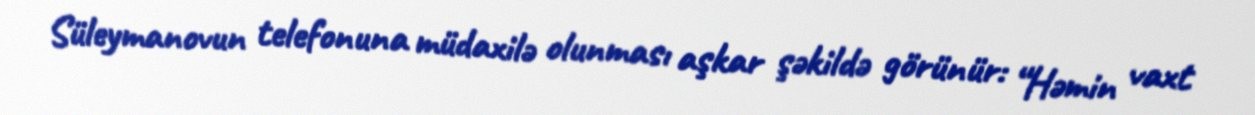
Süleymanovun telefonuna müdaxilə olunması aşkar şəkildə görünür: “Həmin vaxt